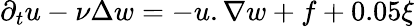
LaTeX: \partial_{t}u-\nu\Delta w=-u.\nabla w+f+0.05\xi